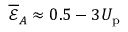
\overline { { \mathcal { E } } } _ { A } \approx 0 . 5 - 3 U _ { \mathrm { p } }